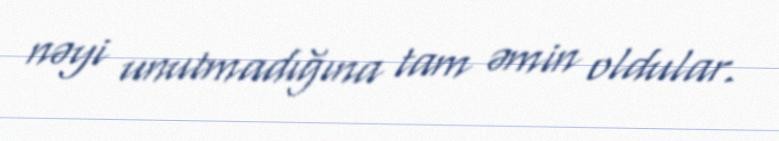
nəyi unutmadığına tam əmin oldular.